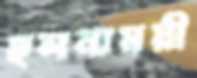
ছলনাময়ী